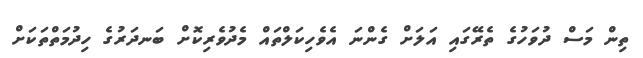
ތިން މަސް ދުވަހުގެ ތެރޭގައި އަލަށް ގެންނަ އެވެހިކަލްތައް މެދުވެރިކޮށް ބަނދަރުގެ ހިދުމަތްތަކަށް